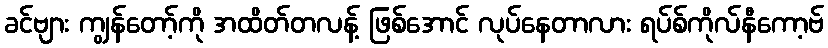
ခင်ဗျား ကျွန်တော့်ကို အထိတ်တလန့် ဖြစ်အောင် လုပ်နေတာလား ရပ်စ်ကိုလ်နီကော့ဗ်